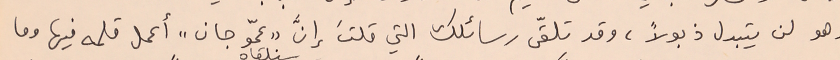
وهو لن يتبدل ذبولاً، وقد تلقّى رسائلك التي قلتَ إنَّ "عمّو جان" أعمل قلمه فيها وما